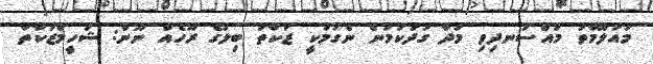
މައުލޫމާތު މުއްސަނދިވި މުދާ ގަދަކަމުން ނެގުމަކީ ޒަކާތު ބިލުގެ ރޫހެއް ނޫން: ޝަހީމްޒަކާތާ